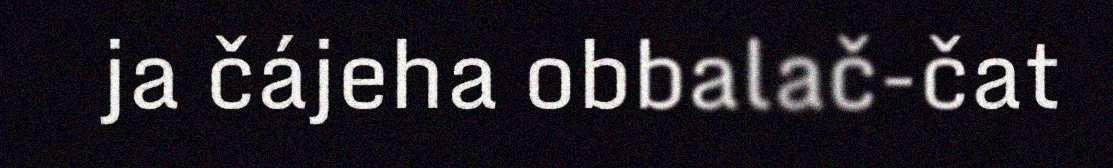
ja čájeha obbalač-čat